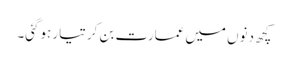
کچھ دنوں میں عمارت بن کر تیار ہوگئی۔